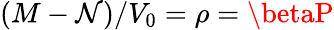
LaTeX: (M-\mathcal{N})/V_{0}=\rho=\betaP